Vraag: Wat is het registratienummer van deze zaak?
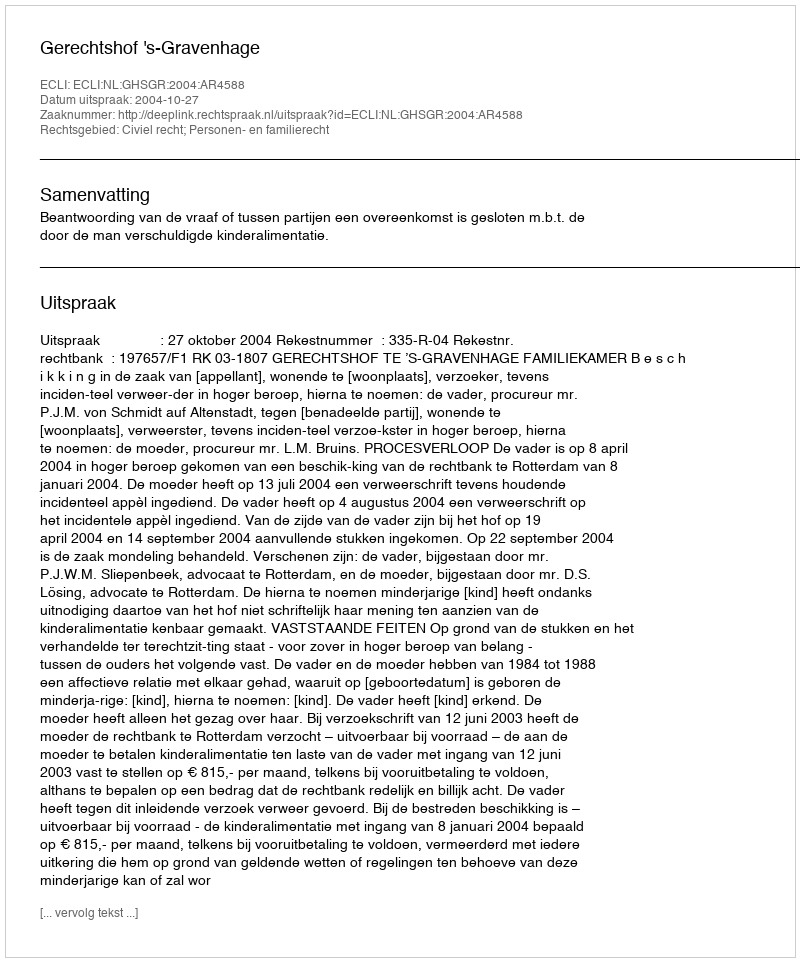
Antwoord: http://deeplink.rechtspraak.nl/uitspraak?id=ECLI:NL:GHSGR:2004:AR4588